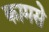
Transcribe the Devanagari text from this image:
कामसे